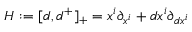
H : = [ d , d ^ { + } ] _ { + } = x ^ { i } \partial _ { x ^ { i } } + d x ^ { i } \partial _ { d x ^ { i } }